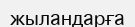
жыландарға